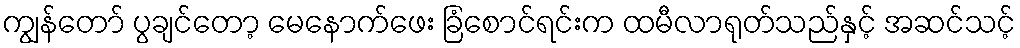
ကျွန်တော် ပွချင်တော့ မေနောက်ဖေး ခြံစောင်ရင်းက ထမီလာရုတ်သည်နှင့် အဆင်သင့်